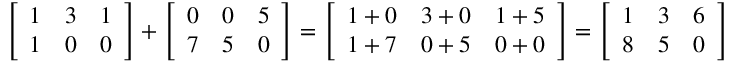
{ \left[ \begin{array} { l l l } { 1 } & { 3 } & { 1 } \\ { 1 } & { 0 } & { 0 } \end{array} \right] } + { \left[ \begin{array} { l l l } { 0 } & { 0 } & { 5 } \\ { 7 } & { 5 } & { 0 } \end{array} \right] } = { \left[ \begin{array} { l l l } { 1 + 0 } & { 3 + 0 } & { 1 + 5 } \\ { 1 + 7 } & { 0 + 5 } & { 0 + 0 } \end{array} \right] } = { \left[ \begin{array} { l l l } { 1 } & { 3 } & { 6 } \\ { 8 } & { 5 } & { 0 } \end{array} \right] }